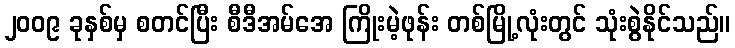
၂၀၀၉ ခုနှစ်မှ စတင်ပြီး စီဒီအမ်အေ ကြိုးမဲ့ဖုန်း တစ်မြို့လုံးတွင် သုံးစွဲနိုင်သည်။